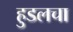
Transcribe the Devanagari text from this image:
हुडलचा